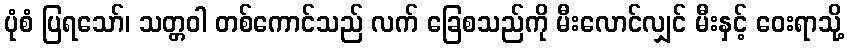
ပုံစံ ပြရသော်၊ သတ္တဝါ တစ်ကောင်သည် လက် ခြေစသည်ကို မီးလောင်လျှင် မီးနှင့် ဝေးရာသို့